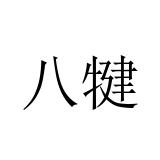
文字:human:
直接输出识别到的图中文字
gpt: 八犍